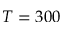
T = 3 0 0